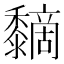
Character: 𪐏